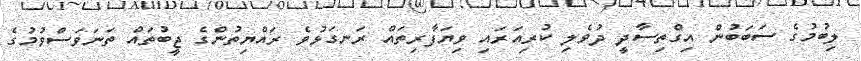
ލިބުމުގެ ސަބަބުން އިގްތިސާދީ ދުވެލި ކުރިއަރައި ވިޔަފާރިތައް ރަނގަޅުވެ ރައްޔިތުންގެ ޖީބުތައް ތަނަވަސްވުމުގެ